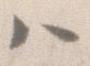
ハ